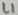
Text: L1